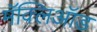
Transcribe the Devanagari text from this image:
मॅक्लिऑड